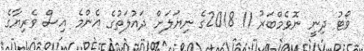
ވޯޓު ދިނީ ނޮވެމްބަރު 11 2018ގެ ނިޔަލަށް ދައުލަތުގެ އެންމެ އިސް ވެރިޔާގެ